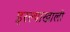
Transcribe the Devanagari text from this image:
इरल्याखाली